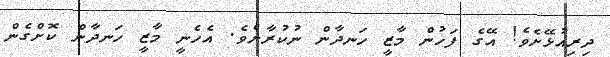
ދިރިއުޅޭށެވެ! އޭގެ ފަހުން މާޒީ ހަނދާން ނުކުރާށެވެ. އެހެނީ މާޒީ ހަނދާން ކޮށްގެން